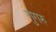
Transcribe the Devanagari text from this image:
गुगरु